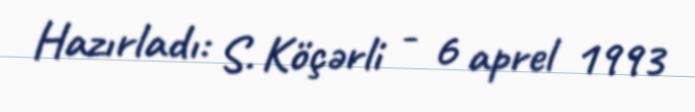
Hazırladı: S. Köçərli - 6 aprel 1993